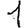
Digit: 1